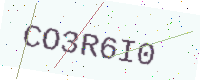
Text: CO3R6I0